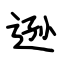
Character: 逊